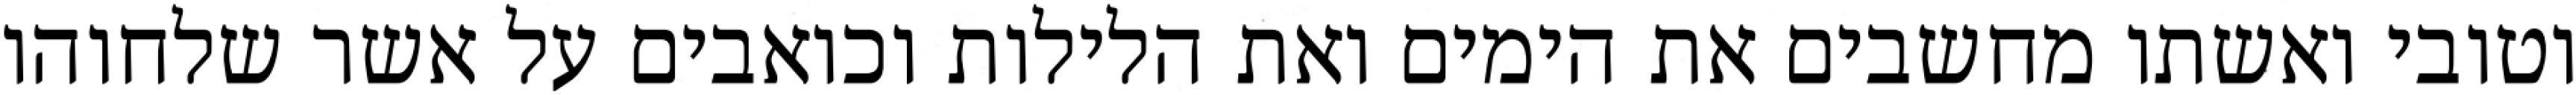
וטובי ואשתו מחשבים את הימים ואת הלילות וכואבים על אשר שלחוהו